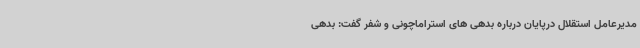
مدیرعامل استقلال درپایان درباره بدهی های استراماچونی و شفر گفت: بدهی